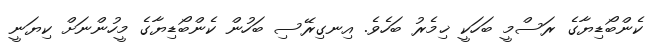
ކެންބޯޑިޔާގެ ރަސްމީ ބަހަކީ ޚިމެރު ބަހެވެ. އިނގިރޭސި ބަހުން ކެންބޯޑިޔާގެ މީހުންނަށް ކިޔަނީ